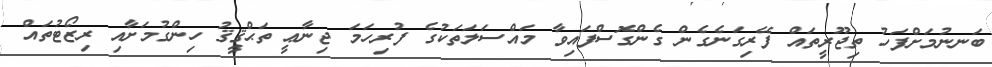
ބަނނުމަށްފަހު ތިޖޫރީތައް ފޭރިގަނެގެން ގެންގޮސްފައިވާ މައްސަލަތަކުގެ ފުރިހަމަ ޖިނާޢީ ތަޙްޤީޤު ހިންގުމަށާއި ރިޒޯޓުތައް